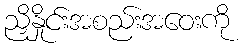
ညှိနှိုင်းအစည်းအဝေးကို